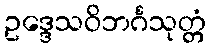
ဥဒ္ဒေသဝိဘင်္ဂသုတ္တံ